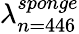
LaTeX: \lambda_{n=446}^{sponge}